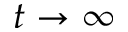
t \to \infty